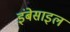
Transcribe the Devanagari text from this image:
इंबेसाइल